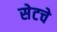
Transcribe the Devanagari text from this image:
सेटचे